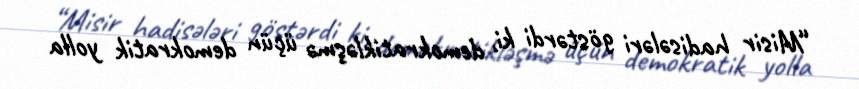
“Misir hadisələri göstərdi ki, demokratikləşmə üçün demokratik yolla